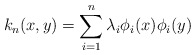
\begin{align*}k_n(x,y) = \sum_{i=1}^{n}\lambda_i\phi_i(x)\phi_i(y)\end{align*}